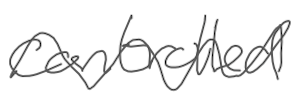
Text: controlled
Cross-out: wave
Writing tool: digital_gray